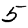
Digit: 5